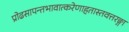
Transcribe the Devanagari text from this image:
प्रोढसापन्तभावात्करेणाहतास्तवत्तरङ्गा